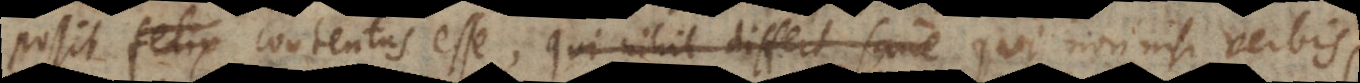
possit felix contentus esse, qui nihil differt sane qui non nisi verbis